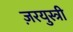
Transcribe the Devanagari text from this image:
ज़रयुस्त्री